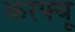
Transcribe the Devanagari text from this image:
करफ्यू